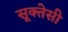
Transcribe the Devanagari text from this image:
सूक्तेसी